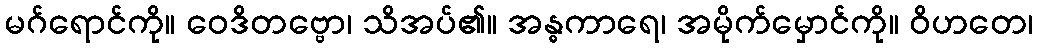
မဂ်ရောင်ကို။ ဝေဒိတဗ္ဗော၊ သိအပ်၏။ အန္ဓကာရေ၊ အမိုက်မှောင်ကို။ ဝိဟတေ၊